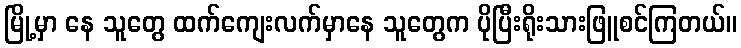
မြို့မှာ နေ သူတွေ ထက်ကျေးလက်မှာနေ သူတွေက ပိုပြီးရိုးသားဖြူစင်ကြတယ်။